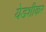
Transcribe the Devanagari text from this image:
येडशीकर